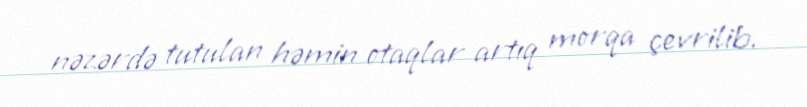
nəzərdə tutulan həmin otaqlar artıq morqa çevrilib.